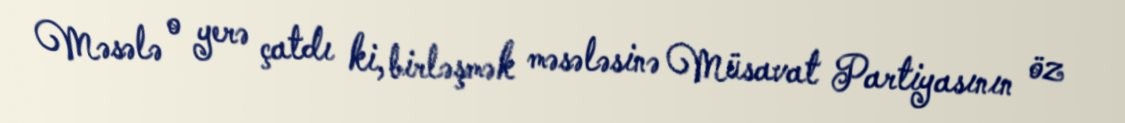
Məsələ o yerə çatdı ki, birləşmək məsələsinə Müsavat Partiyasının öz